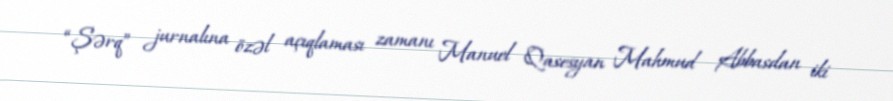
“Şərq” jurnalına özəl açıqlaması zamanı Manuel Qasesyan Mahmud Abbasdan iki